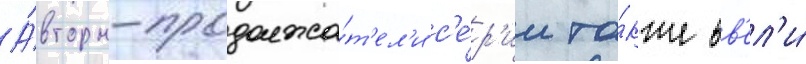
А́вторы-продолжа́т'ел'и с'е́р'ии та́кже вв'ел'и́